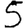
Digit: 5